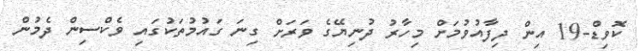
ކޮވިޑް-19 އިން ދިފާއުވުމަށް މިހާރު ދުނިޔޭގެ ވަރަށް ގިނަ ގައުމުތަކުގައި ވެކްސިން ދެމުން